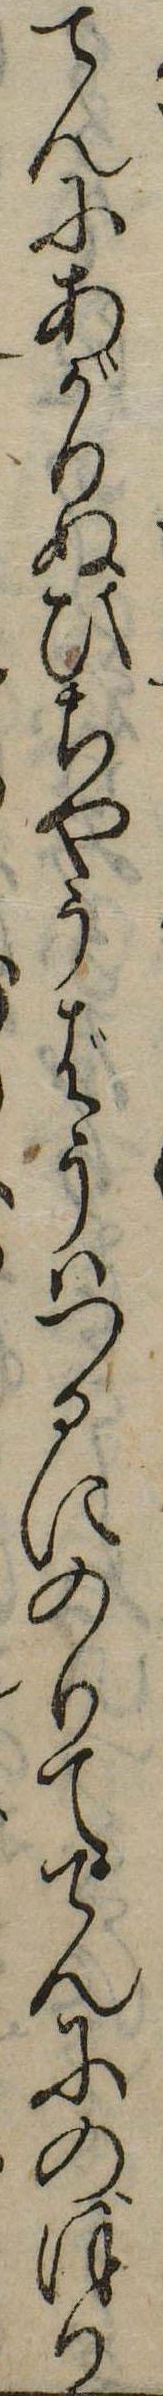
てんにあがりぬひちやうばうはつるにのりててんにのぼり